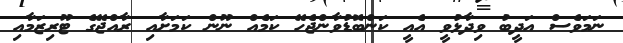
ނަމަވެސް އަދީބު ވިދާޅުވީ އެއީ ކަންބޮޑުވާންޖެހޭ ކަމެއް ނޫން ކަމަށާއި ރާއްޖޭގެ ޓޫރިޒަމާއި